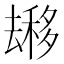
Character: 𱑬